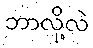
ဘာလို့လဲ